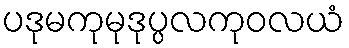
ပဒုမကုမုဒုပ္ပလကုဝလယံ